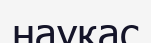
науқас